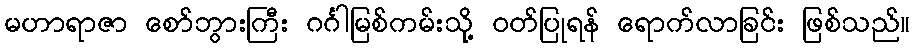
မဟာရာဇာ စော်ဘွားကြီး ဂင်္ဂါမြစ်ကမ်းသို့ ဝတ်ပြုရန် ရောက်လာခြင်း ဖြစ်သည်။